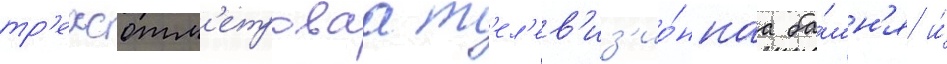
тр'ехсотм'етроваа т'ел'ев'из'ио́ннаа ба́шн'я и́